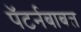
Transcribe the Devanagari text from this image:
पॅटर्नबाबत